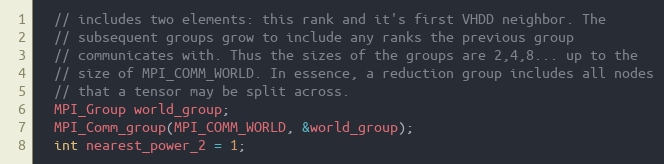
Language: C++
  // includes two elements: this rank and it's first VHDD neighbor. The
  // subsequent groups grow to include any ranks the previous group
  // communicates with. Thus the sizes of the groups are 2,4,8... up to the
  // size of MPI_COMM_WORLD. In essence, a reduction group includes all nodes
  // that a tensor may be split across.
  MPI_Group world_group;
  MPI_Comm_group(MPI_COMM_WORLD, &world_group);
  int nearest_power_2 = 1;